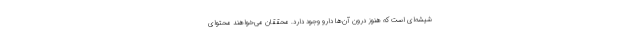
شیشه‌ای است که هنوز درون آن‌ها دارو وجود دارد. محققان می‌خواهند محتوای